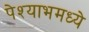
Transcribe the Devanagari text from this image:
पेश्याभमध्ये